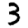
Digit: 3